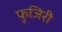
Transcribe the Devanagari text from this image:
फुजिरी